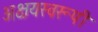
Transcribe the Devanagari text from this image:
अक्षयस्वरूपी